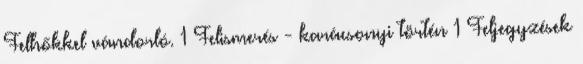
Felhőkkel vándorló. 1 Felismerés - karácsonyi történ 1 Feljegyzések